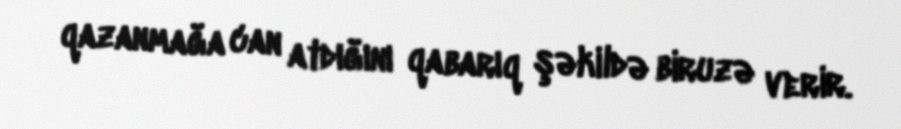
qazanmağa can atdığını qabarıq şəkildə biruzə verir.